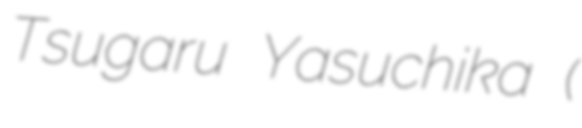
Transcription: Tsugaru Yasuchika (津軽